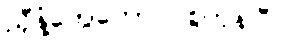
ညှီနံ့တွေတောင် စွဲကုန်ပြီ။